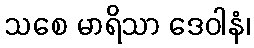
သစေ မာရိသာ ဒေဝါနံ၊